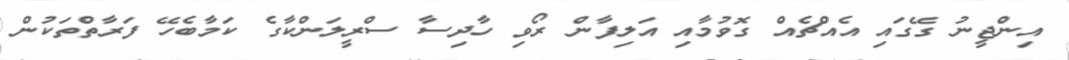
އިންޖީނު ގޭގައި އެއްޗެއް ގޮވުމާއި އަލިފާން ރޯވި ހާދިސާ ސްރީލަންކާގެ ކަމާބެހޭ ފަރާތްތަކުން